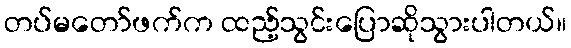
တပ်မတော်ဖက်က ထည့်သွင်းပြောဆိုသွားပါတယ်။